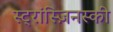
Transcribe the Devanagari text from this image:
स्ट्रांस्ज़िनस्की